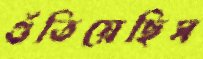
গুঁতিয়েছিস